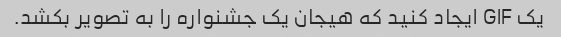
یک GIF ایجاد کنید که هیجان یک جشنواره را به تصویر بکشد.